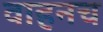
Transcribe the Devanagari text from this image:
वाहनच